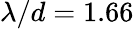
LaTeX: \lambda/d=1.66